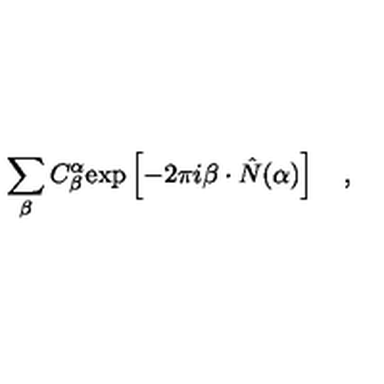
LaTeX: \sum _ { \beta } C _ { \beta } ^ { \alpha } \mathrm { e x p } \left[ - 2 \pi i \beta \cdot \hat { N } ( \alpha ) \right] \quad ,